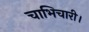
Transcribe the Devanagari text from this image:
चाभिचारी।